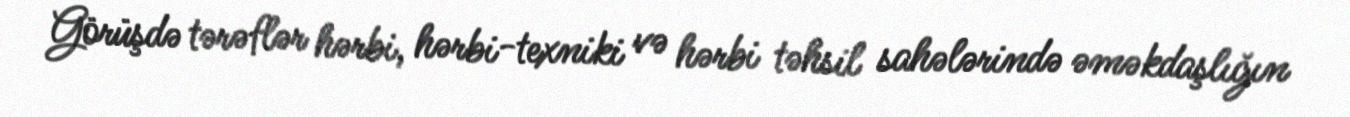
Görüşdə tərəflər hərbi, hərbi-texniki və hərbi təhsil sahələrində əməkdaşlığın